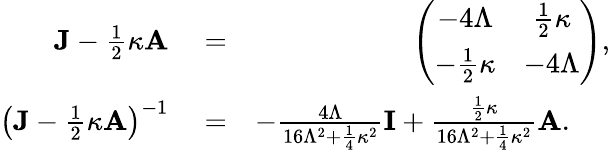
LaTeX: \begin{array}{rlr}{{\mathbf J}-\frac{1}{2}\kappa{\mathbf A}}&{{}=}&{\left(\begin{array}{cc}{-4\Lambda}&{\frac{1}{2}\kappa}\\ {-\frac{1}{2}\kappa}&{-4\Lambda}\end{array}\right),}\\ {\big({\mathbf J}-\frac{1}{2}\kappa{\mathbf A}\big)^{-1}}&{{}=}&{-\frac{4\Lambda}{16\Lambda^{2}+\frac{1}{4}\kappa^{2}}{\mathbf I}+\frac{\frac{1}{2}\kappa}{16\Lambda^{2}+\frac{1}{4}\kappa^{2}}{\mathbf A}.\ \ \ \ \ }\end{array}